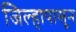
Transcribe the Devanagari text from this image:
जिल्हापासून